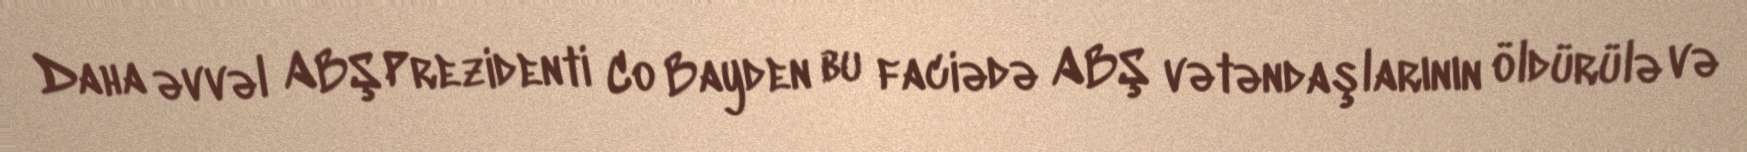
Daha əvvəl ABŞ Prezidenti Co Bayden bu faciədə ABŞ vətəndaşlarının öldürülə və